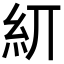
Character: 𥾎